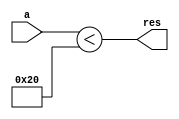
module top (input [3:0] a, output res);
    assign res = a < 6'b100000;
endmodule